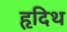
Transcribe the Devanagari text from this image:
हृदिथ